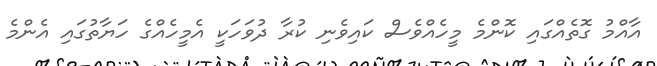
އާއްމު ގޮތެއްގައި ކޮންމެ މީހެއްވެސް ކައިވެނި ކުރާ ދުވަހަކީ އެމީހެއްގެ ހަޔާތުގައި އެންމެ